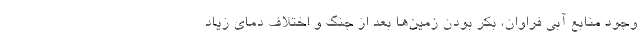
وجود منابع آبی فراوان، بکر بودن زمین‌ها بعد از جنگ و اختلاف دمای زیاد